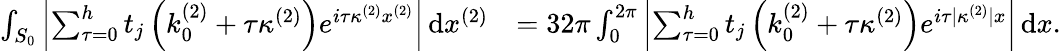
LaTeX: \begin{array}{rl}{\int_{S_{0}}\left\vert\sum_{\tau=0}^{h}t_{j}\left(k_{0}^{(2)}+\tau\kappa^{(2)}\right)e^{i\tau\kappa^{(2)}x^{(2)}}\right\vert\, \textnormal{d}x^{(2)}}&{=32\pi\int_{0}^{2\pi}\left\vert\sum_{\tau=0}^{h}t_{j}\left(k_{0}^{(2)}+\tau\kappa^{(2)}\right)e^{i\tau|\kappa^{(2)}|x}\right\vert\, \textnormal{d}x.}\end{array}